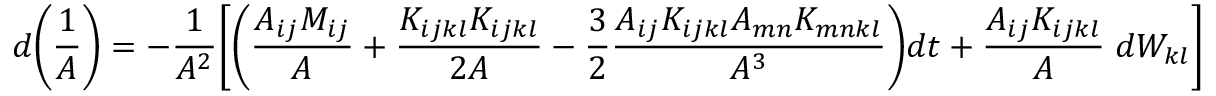
d \bigg ( \frac { 1 } { A } \bigg ) = - \frac { 1 } { A ^ { 2 } } \Bigg [ \bigg ( \frac { A _ { i j } M _ { i j } } { A } + \frac { K _ { i j k l } K _ { i j k l } } { 2 A } - \frac { 3 } { 2 } \frac { A _ { i j } K _ { i j k l } A _ { m n } K _ { m n k l } } { A ^ { 3 } } \bigg ) d t + \frac { A _ { i j } K _ { i j k l } } { A } \; d W _ { k l } \Bigg ]